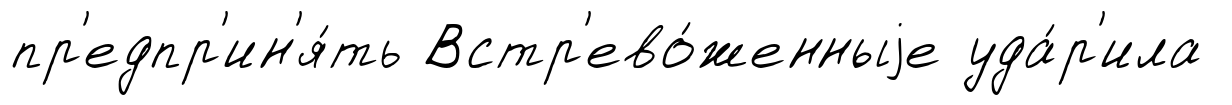
пр'едпр'ин'я́ть Встр'ево́женныjе уда́р'ила